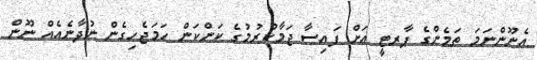
އެނޫންނަމަ ތަމެންގެ ޕާރޓީ އަށް ފައިސާ ޖަމާކުރުމުގެ ކަންކަން ހަމަޖެހިގެން ނުދާނެއެއް ނޫން